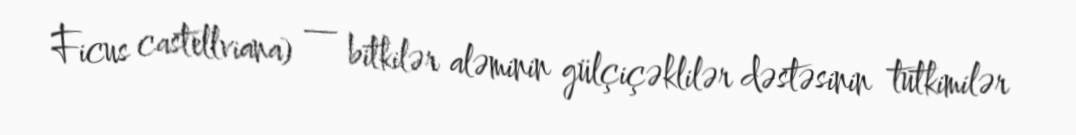
Ficus castellviana) — bitkilər aləminin gülçiçəklilər dəstəsinin tutkimilər